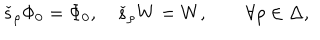
\check { s } _ { \rho } \Phi _ { 0 } = \Phi _ { 0 } , \quad \check { s } _ { \rho } W = W , \qquad \forall \rho \in \Delta ,